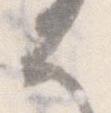
は